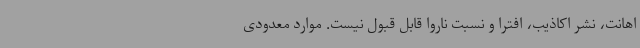
اهانت، نشر اکاذیب، افترا و نسبت ناروا قابل قبول نیست. موارد معدودی